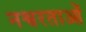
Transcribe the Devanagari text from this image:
नश्वरताओं